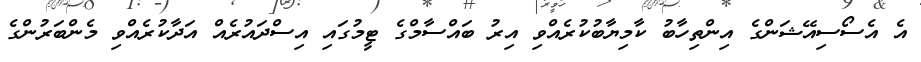
އެ އެސޯސިއޭޝަންގެ އިންތިހާބު ކާމިޔާބުކުރެއްވި އިރު ބައްސާމްގެ ޓީމުގައި އިސްދައުރެއް އަދާކުރެއްވި މެންބަރުންގެ